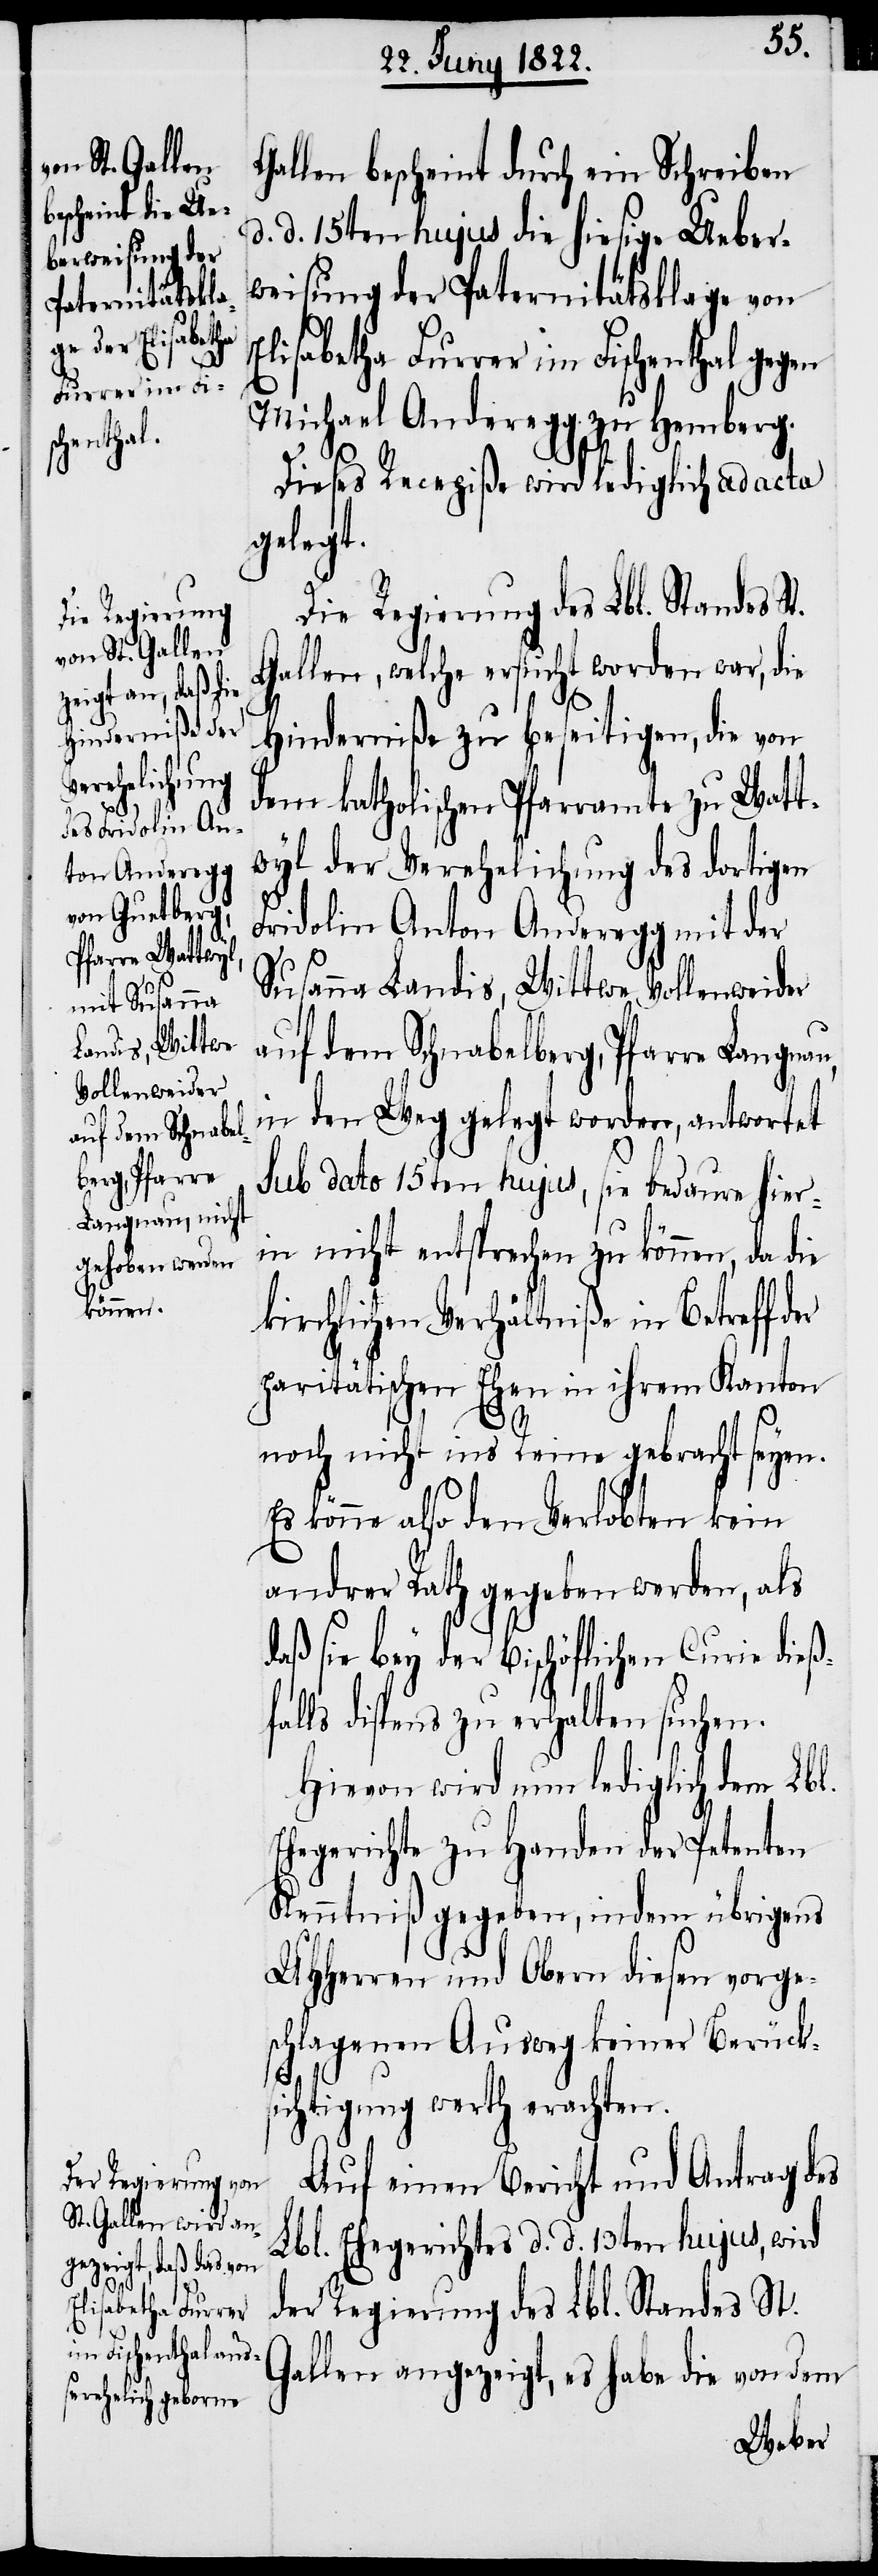
Gallen bescheint durch ein Schreiben
d. d. 15ten hujus die hiesige Ueber¬
weisung der Paternitätsklage von
Elisabetha Furrrer in Fischenthal gegen
Michael Anderegg zu Hemberg.
Dieses Recepiße wird lediglich ad acta
gelegt.
Die Regierung des Lbl. Standes St.
Gallen, welche ersucht worden war, die
Hinderniße zu beseitigen, die von
dem katholischen Pfarramte zu Watt¬
wyl der Verehelichung des dortigen
Fridolin Anton Anderegg mit der
Susanna Landis, Wittwe Vollenweider
auf dem Schnabelberg, Pfarre Langnau,
in den Weg gelegt worden, antwortet
Sub dato 15ten hujus, sie bedaure hier¬
in nicht entsprechen zu können, da die
kirchlichen Verhältniße in Betreff der
paritätischen Ehen in ihrem Kanton
noch nicht ins Reine gebracht seyen.
Es könne also den Verlobten kein
andrer Rath gegeben werden, als
daß sie bey der bischöflichen Curie dieß¬
falls dispens zu erhalten suchen.
Hiervon wird nun lediglich dem Lbl.
Ehegerichte zu Handen der Petenten
Kenntniß gegeben, indem übrigens
UHHerren und Obern diesen vorge¬
schlagenen Ausweg keiner Berücks¬
ichtigung werth erachten.
Auf einen Bericht und Antrag des
Lbl. Ehegerichtes d. d. 13ten hujus, wird
der Regierung des Lbl. Standes St.
Gallen angezeigt, es habe die von dem